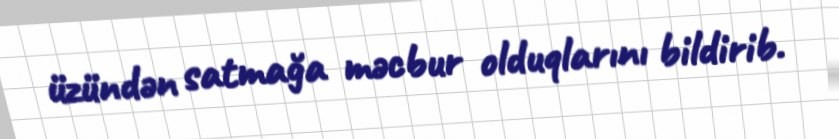
üzündən satmağa məcbur olduqlarını bildirib.